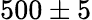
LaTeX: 500\pm 5